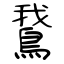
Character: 鵞